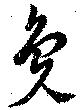
毚